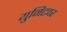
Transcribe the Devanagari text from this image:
युनिटवर